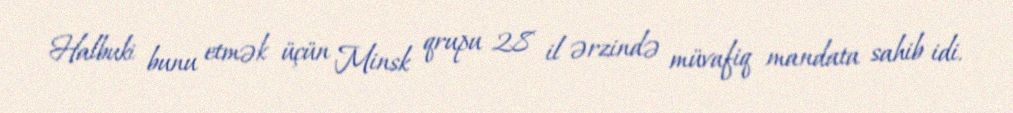
Halbuki bunu etmək üçün Minsk qrupu 28 il ərzində müvafiq mandata sahib idi.